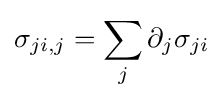
\sigma _{ji,j}=\sum _{j}\partial _{j}\sigma _{ji}